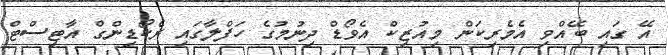
އޭ ގައި ބޭއްވި އެމެރިކަން މިއުޒިކް އެވޯޑް ދިނުމުގެ ހަފްލާގައި ރެކޯޑިންގް އާޓިސްޓް